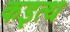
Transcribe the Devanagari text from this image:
कइत्थ